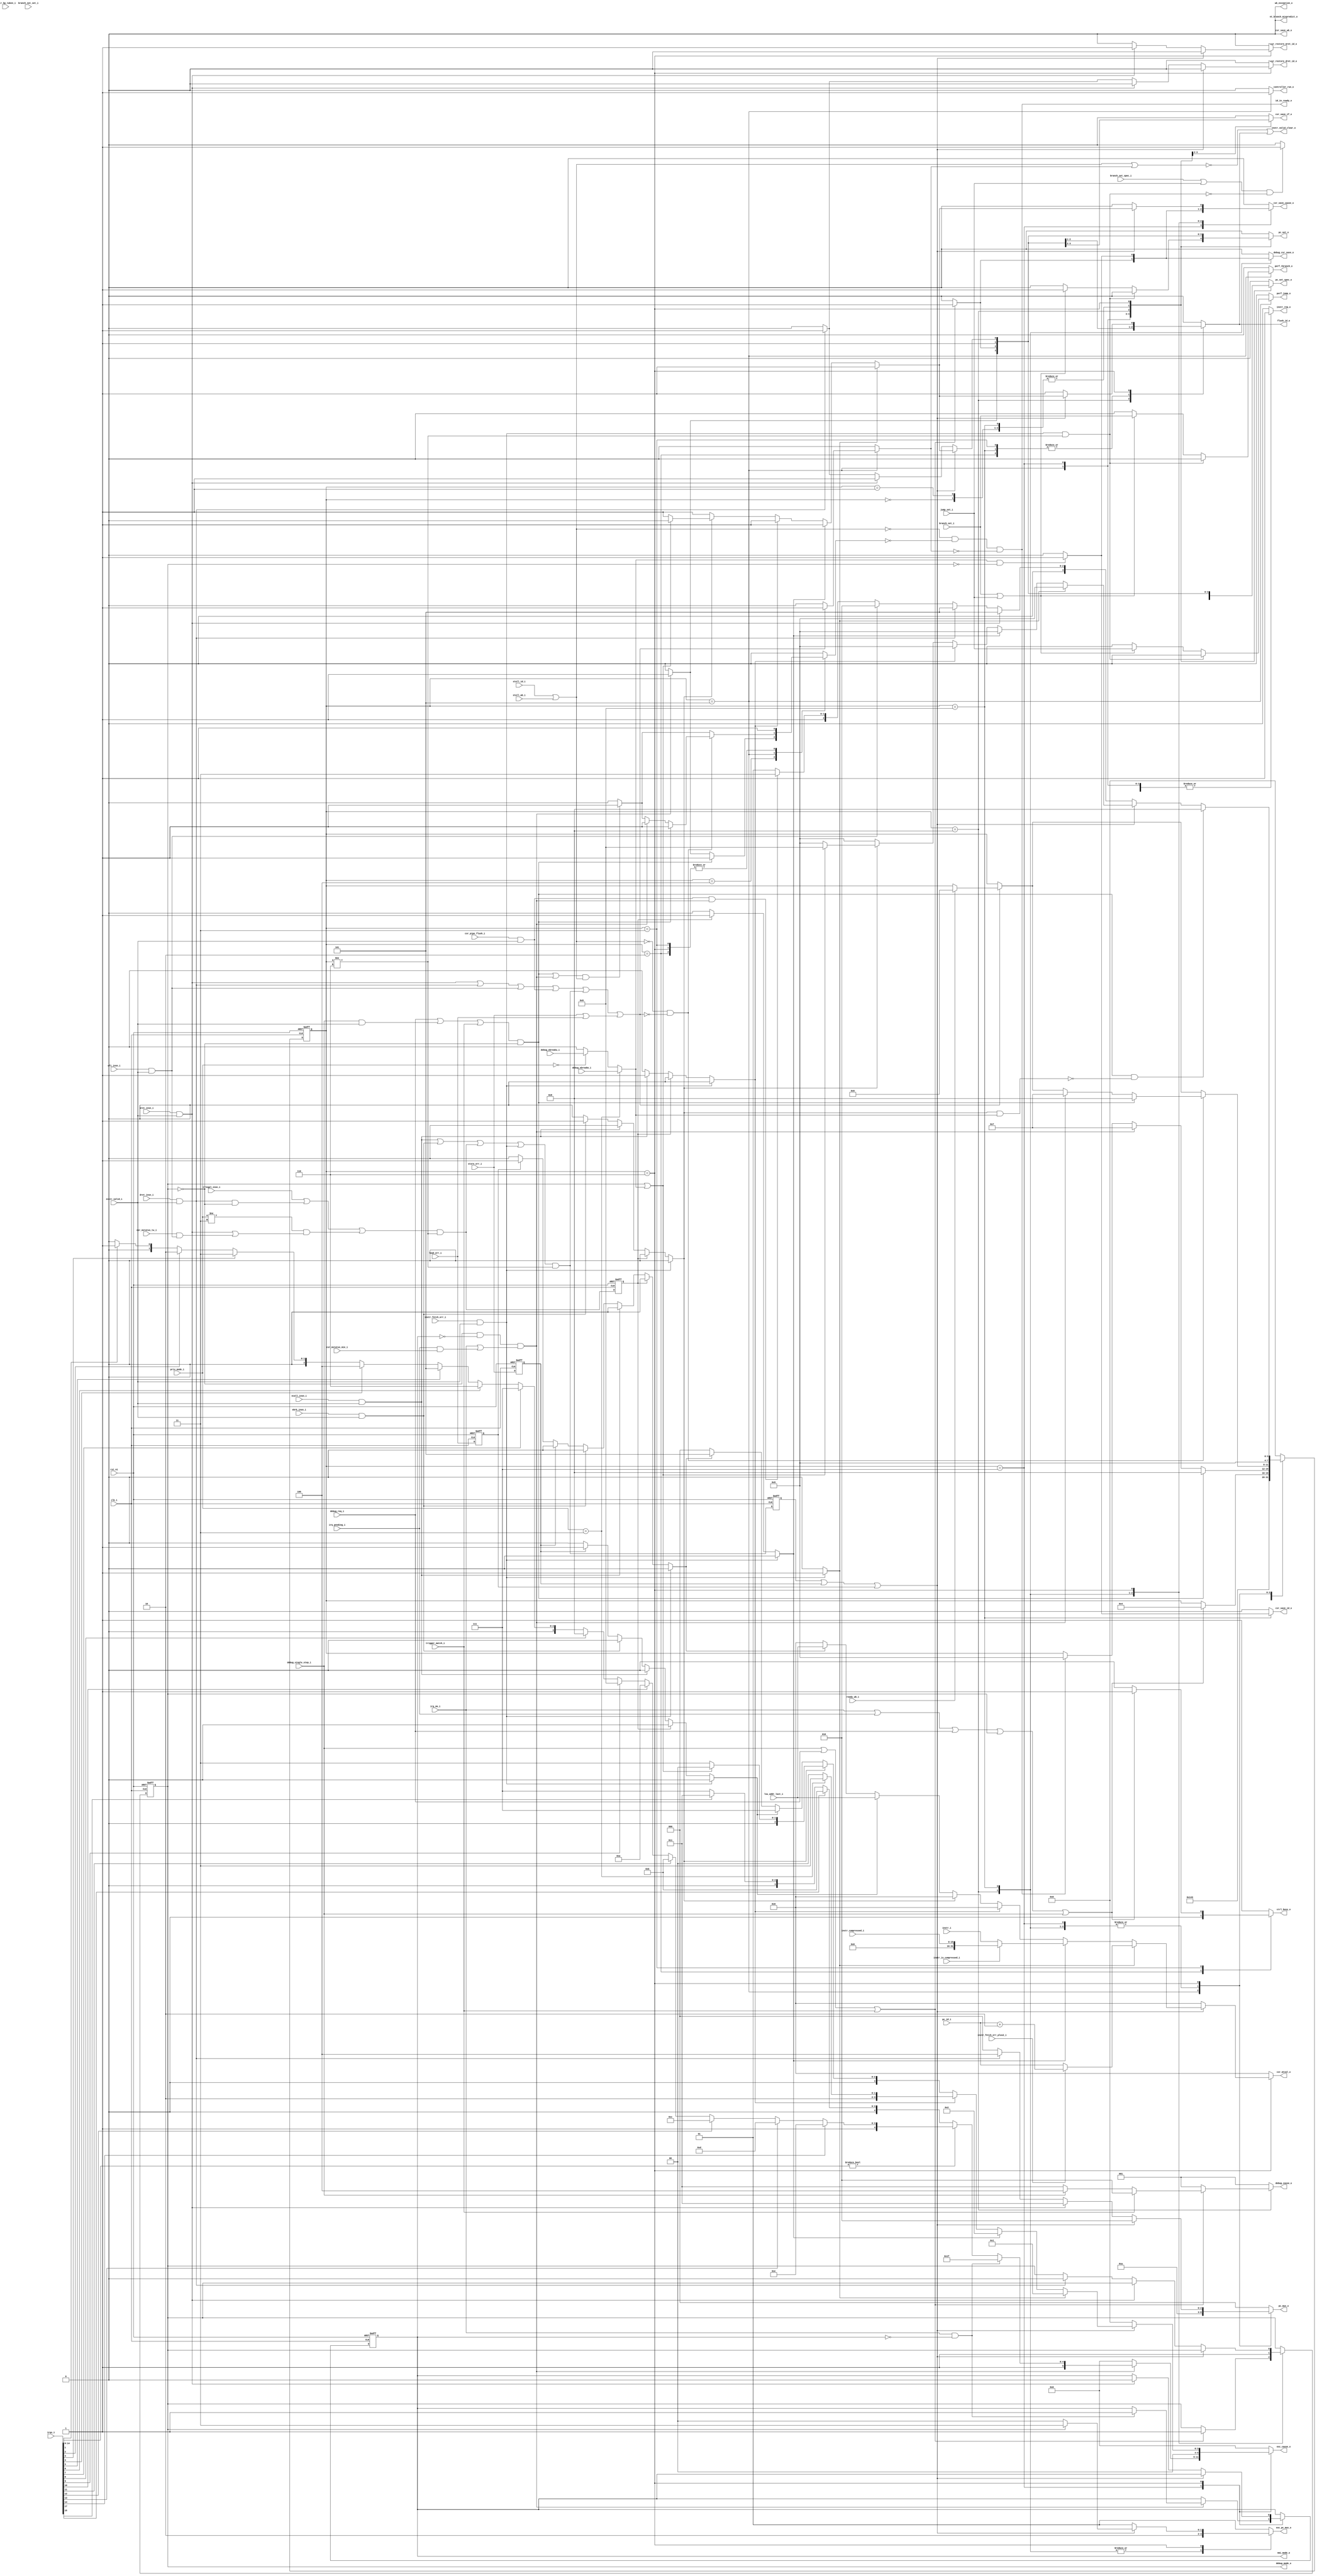
// This program was cloned from: https://github.com/NYU-MLDA/OpenABC
// License: BSD 3-Clause "New" or "Revised" License

module ibex_controller (
	clk_i,
	rst_ni,
	ctrl_busy_o,
	illegal_insn_i,
	ecall_insn_i,
	mret_insn_i,
	dret_insn_i,
	wfi_insn_i,
	ebrk_insn_i,
	csr_pipe_flush_i,
	instr_valid_i,
	instr_i,
	instr_compressed_i,
	instr_is_compressed_i,
	instr_bp_taken_i,
	instr_fetch_err_i,
	instr_fetch_err_plus2_i,
	pc_id_i,
	instr_valid_clear_o,
	id_in_ready_o,
	controller_run_o,
	instr_req_o,
	pc_set_o,
	pc_set_spec_o,
	pc_mux_o,
	nt_branch_mispredict_o,
	exc_pc_mux_o,
	exc_cause_o,
	lsu_addr_last_i,
	load_err_i,
	store_err_i,
	wb_exception_o,
	branch_set_i,
	branch_set_spec_i,
	branch_not_set_i,
	jump_set_i,
	csr_mstatus_mie_i,
	irq_pending_i,
	irqs_i,
	irq_nm_i,
	nmi_mode_o,
	debug_req_i,
	debug_cause_o,
	debug_csr_save_o,
	debug_mode_o,
	debug_single_step_i,
	debug_ebreakm_i,
	debug_ebreaku_i,
	trigger_match_i,
	csr_save_if_o,
	csr_save_id_o,
	csr_save_wb_o,
	csr_restore_mret_id_o,
	csr_restore_dret_id_o,
	csr_save_cause_o,
	csr_mtval_o,
	priv_mode_i,
	csr_mstatus_tw_i,
	stall_id_i,
	stall_wb_i,
	flush_id_o,
	ready_wb_i,
	perf_jump_o,
	perf_tbranch_o
);
	parameter [0:0] WritebackStage = 0;
	parameter [0:0] BranchPredictor = 0;
	input wire clk_i;
	input wire rst_ni;
	output reg ctrl_busy_o;
	input wire illegal_insn_i;
	input wire ecall_insn_i;
	input wire mret_insn_i;
	input wire dret_insn_i;
	input wire wfi_insn_i;
	input wire ebrk_insn_i;
	input wire csr_pipe_flush_i;
	input wire instr_valid_i;
	input wire [31:0] instr_i;
	input wire [15:0] instr_compressed_i;
	input wire instr_is_compressed_i;
	input wire instr_bp_taken_i;
	input wire instr_fetch_err_i;
	input wire instr_fetch_err_plus2_i;
	input wire [31:0] pc_id_i;
	output wire instr_valid_clear_o;
	output wire id_in_ready_o;
	output reg controller_run_o;
	output reg instr_req_o;
	output reg pc_set_o;
	output reg pc_set_spec_o;
	output reg [2:0] pc_mux_o;
	output reg nt_branch_mispredict_o;
	output reg [1:0] exc_pc_mux_o;
	output reg [5:0] exc_cause_o;
	input wire [31:0] lsu_addr_last_i;
	input wire load_err_i;
	input wire store_err_i;
	output wire wb_exception_o;
	input wire branch_set_i;
	input wire branch_set_spec_i;
	input wire branch_not_set_i;
	input wire jump_set_i;
	input wire csr_mstatus_mie_i;
	input wire irq_pending_i;
	input wire [17:0] irqs_i;
	input wire irq_nm_i;
	output wire nmi_mode_o;
	input wire debug_req_i;
	output reg [2:0] debug_cause_o;
	output reg debug_csr_save_o;
	output wire debug_mode_o;
	input wire debug_single_step_i;
	input wire debug_ebreakm_i;
	input wire debug_ebreaku_i;
	input wire trigger_match_i;
	output reg csr_save_if_o;
	output reg csr_save_id_o;
	output reg csr_save_wb_o;
	output reg csr_restore_mret_id_o;
	output reg csr_restore_dret_id_o;
	output reg csr_save_cause_o;
	output reg [31:0] csr_mtval_o;
	input wire [1:0] priv_mode_i;
	input wire csr_mstatus_tw_i;
	input wire stall_id_i;
	input wire stall_wb_i;
	output wire flush_id_o;
	input wire ready_wb_i;
	output reg perf_jump_o;
	output reg perf_tbranch_o;
	reg [3:0] ctrl_fsm_cs;
	reg [3:0] ctrl_fsm_ns;
	reg nmi_mode_q;
	reg nmi_mode_d;
	reg debug_mode_q;
	reg debug_mode_d;
	reg load_err_q;
	wire load_err_d;
	reg store_err_q;
	wire store_err_d;
	reg exc_req_q;
	wire exc_req_d;
	reg illegal_insn_q;
	wire illegal_insn_d;
	reg instr_fetch_err_prio;
	reg illegal_insn_prio;
	reg ecall_insn_prio;
	reg ebrk_insn_prio;
	reg store_err_prio;
	reg load_err_prio;
	wire stall;
	reg halt_if;
	reg retain_id;
	reg flush_id;
	wire illegal_dret;
	wire illegal_umode;
	wire exc_req_lsu;
	wire special_req_all;
	wire special_req_branch;
	wire enter_debug_mode;
	wire ebreak_into_debug;
	wire handle_irq;
	reg [3:0] mfip_id;
	wire unused_irq_timer;
	wire ecall_insn;
	wire mret_insn;
	wire dret_insn;
	wire wfi_insn;
	wire ebrk_insn;
	wire csr_pipe_flush;
	wire instr_fetch_err;
	assign load_err_d = load_err_i;
	assign store_err_d = store_err_i;
	assign ecall_insn = ecall_insn_i & instr_valid_i;
	assign mret_insn = mret_insn_i & instr_valid_i;
	assign dret_insn = dret_insn_i & instr_valid_i;
	assign wfi_insn = wfi_insn_i & instr_valid_i;
	assign ebrk_insn = ebrk_insn_i & instr_valid_i;
	assign csr_pipe_flush = csr_pipe_flush_i & instr_valid_i;
	assign instr_fetch_err = instr_fetch_err_i & instr_valid_i;
	assign illegal_dret = dret_insn & ~debug_mode_q;
	localparam [1:0] ibex_pkg_PRIV_LVL_M = 2'b11;
	assign illegal_umode = (priv_mode_i != ibex_pkg_PRIV_LVL_M) & (mret_insn | (csr_mstatus_tw_i & wfi_insn));
	localparam [3:0] FLUSH = 6;
	assign illegal_insn_d = ((illegal_insn_i | illegal_dret) | illegal_umode) & (ctrl_fsm_cs != FLUSH);
	assign exc_req_d = (((ecall_insn | ebrk_insn) | illegal_insn_d) | instr_fetch_err) & (ctrl_fsm_cs != FLUSH);
	assign exc_req_lsu = store_err_i | load_err_i;
	assign special_req_all = ((((mret_insn | dret_insn) | wfi_insn) | csr_pipe_flush) | exc_req_d) | exc_req_lsu;
	assign special_req_branch = instr_fetch_err & (ctrl_fsm_cs != FLUSH);
	generate
		if (WritebackStage) begin : g_wb_exceptions
			always @(*) begin
				instr_fetch_err_prio = 0;
				illegal_insn_prio = 0;
				ecall_insn_prio = 0;
				ebrk_insn_prio = 0;
				store_err_prio = 0;
				load_err_prio = 0;
				if (store_err_q)
					store_err_prio = 1'b1;
				else if (load_err_q)
					load_err_prio = 1'b1;
				else if (instr_fetch_err)
					instr_fetch_err_prio = 1'b1;
				else if (illegal_insn_q)
					illegal_insn_prio = 1'b1;
				else if (ecall_insn)
					ecall_insn_prio = 1'b1;
				else if (ebrk_insn)
					ebrk_insn_prio = 1'b1;
			end
			assign wb_exception_o = ((load_err_q | store_err_q) | load_err_i) | store_err_i;
		end
		else begin : g_no_wb_exceptions
			always @(*) begin
				instr_fetch_err_prio = 0;
				illegal_insn_prio = 0;
				ecall_insn_prio = 0;
				ebrk_insn_prio = 0;
				store_err_prio = 0;
				load_err_prio = 0;
				if (instr_fetch_err)
					instr_fetch_err_prio = 1'b1;
				else if (illegal_insn_q)
					illegal_insn_prio = 1'b1;
				else if (ecall_insn)
					ecall_insn_prio = 1'b1;
				else if (ebrk_insn)
					ebrk_insn_prio = 1'b1;
				else if (store_err_q)
					store_err_prio = 1'b1;
				else if (load_err_q)
					load_err_prio = 1'b1;
			end
			assign wb_exception_o = 1'b0;
		end
	endgenerate
	assign enter_debug_mode = ((debug_req_i | (debug_single_step_i & instr_valid_i)) | trigger_match_i) & ~debug_mode_q;
	localparam [1:0] ibex_pkg_PRIV_LVL_U = 2'b00;
	assign ebreak_into_debug = (priv_mode_i == ibex_pkg_PRIV_LVL_M ? debug_ebreakm_i : (priv_mode_i == ibex_pkg_PRIV_LVL_U ? debug_ebreaku_i : 1'b0));
	assign handle_irq = (~debug_mode_q & ~nmi_mode_q) & (irq_nm_i | (irq_pending_i & csr_mstatus_mie_i));
	always @(*) begin : gen_mfip_id
		if (irqs_i[14])
			mfip_id = 4'd14;
		else if (irqs_i[13])
			mfip_id = 4'd13;
		else if (irqs_i[12])
			mfip_id = 4'd12;
		else if (irqs_i[11])
			mfip_id = 4'd11;
		else if (irqs_i[10])
			mfip_id = 4'd10;
		else if (irqs_i[9])
			mfip_id = 4'd9;
		else if (irqs_i[8])
			mfip_id = 4'd8;
		else if (irqs_i[7])
			mfip_id = 4'd7;
		else if (irqs_i[6])
			mfip_id = 4'd6;
		else if (irqs_i[5])
			mfip_id = 4'd5;
		else if (irqs_i[4])
			mfip_id = 4'd4;
		else if (irqs_i[3])
			mfip_id = 4'd3;
		else if (irqs_i[2])
			mfip_id = 4'd2;
		else if (irqs_i[1])
			mfip_id = 4'd1;
		else
			mfip_id = 4'd0;
	end
	assign unused_irq_timer = irqs_i[16];
	localparam [3:0] BOOT_SET = 1;
	localparam [3:0] DBG_TAKEN_ID = 9;
	localparam [3:0] DBG_TAKEN_IF = 8;
	localparam [3:0] DECODE = 5;
	localparam [3:0] FIRST_FETCH = 4;
	localparam [3:0] IRQ_TAKEN = 7;
	localparam [3:0] RESET = 0;
	localparam [3:0] SLEEP = 3;
	localparam [3:0] WAIT_SLEEP = 2;
	localparam [2:0] ibex_pkg_DBG_CAUSE_EBREAK = 3'h1;
	localparam [2:0] ibex_pkg_DBG_CAUSE_HALTREQ = 3'h3;
	localparam [2:0] ibex_pkg_DBG_CAUSE_STEP = 3'h4;
	localparam [2:0] ibex_pkg_DBG_CAUSE_TRIGGER = 3'h2;
	localparam [5:0] ibex_pkg_EXC_CAUSE_BREAKPOINT = {1'b0, 5'd3};
	localparam [5:0] ibex_pkg_EXC_CAUSE_ECALL_MMODE = {1'b0, 5'd11};
	localparam [5:0] ibex_pkg_EXC_CAUSE_ECALL_UMODE = {1'b0, 5'd8};
	localparam [5:0] ibex_pkg_EXC_CAUSE_ILLEGAL_INSN = {1'b0, 5'd2};
	localparam [5:0] ibex_pkg_EXC_CAUSE_INSN_ADDR_MISA = {1'b0, 5'd0};
	localparam [5:0] ibex_pkg_EXC_CAUSE_INSTR_ACCESS_FAULT = {1'b0, 5'd1};
	localparam [5:0] ibex_pkg_EXC_CAUSE_IRQ_EXTERNAL_M = {1'b1, 5'd11};
	localparam [5:0] ibex_pkg_EXC_CAUSE_IRQ_NM = {1'b1, 5'd31};
	localparam [5:0] ibex_pkg_EXC_CAUSE_IRQ_SOFTWARE_M = {1'b1, 5'd3};
	localparam [5:0] ibex_pkg_EXC_CAUSE_IRQ_TIMER_M = {1'b1, 5'd7};
	localparam [5:0] ibex_pkg_EXC_CAUSE_LOAD_ACCESS_FAULT = {1'b0, 5'd5};
	localparam [5:0] ibex_pkg_EXC_CAUSE_STORE_ACCESS_FAULT = {1'b0, 5'd7};
	localparam [1:0] ibex_pkg_EXC_PC_DBD = 2;
	localparam [1:0] ibex_pkg_EXC_PC_DBG_EXC = 3;
	localparam [1:0] ibex_pkg_EXC_PC_EXC = 0;
	localparam [1:0] ibex_pkg_EXC_PC_IRQ = 1;
	localparam [2:0] ibex_pkg_PC_BOOT = 0;
	localparam [2:0] ibex_pkg_PC_DRET = 4;
	localparam [2:0] ibex_pkg_PC_ERET = 3;
	localparam [2:0] ibex_pkg_PC_EXC = 2;
	localparam [2:0] ibex_pkg_PC_JUMP = 1;
	function automatic [5:0] sv2v_cast_6;
		input reg [5:0] inp;
		sv2v_cast_6 = inp;
	endfunction
	always @(*) begin
		instr_req_o = 1'b1;
		csr_save_if_o = 1'b0;
		csr_save_id_o = 1'b0;
		csr_save_wb_o = 1'b0;
		csr_restore_mret_id_o = 1'b0;
		csr_restore_dret_id_o = 1'b0;
		csr_save_cause_o = 1'b0;
		csr_mtval_o = {32 {1'sb0}};
		pc_mux_o = ibex_pkg_PC_BOOT;
		pc_set_o = 1'b0;
		pc_set_spec_o = 1'b0;
		nt_branch_mispredict_o = 1'b0;
		exc_pc_mux_o = ibex_pkg_EXC_PC_IRQ;
		exc_cause_o = ibex_pkg_EXC_CAUSE_INSN_ADDR_MISA;
		ctrl_fsm_ns = ctrl_fsm_cs;
		ctrl_busy_o = 1'b1;
		halt_if = 1'b0;
		retain_id = 1'b0;
		flush_id = 1'b0;
		debug_csr_save_o = 1'b0;
		debug_cause_o = ibex_pkg_DBG_CAUSE_EBREAK;
		debug_mode_d = debug_mode_q;
		nmi_mode_d = nmi_mode_q;
		perf_tbranch_o = 1'b0;
		perf_jump_o = 1'b0;
		controller_run_o = 1'b0;
		case (ctrl_fsm_cs)
			RESET: begin
				instr_req_o = 1'b0;
				pc_mux_o = ibex_pkg_PC_BOOT;
				pc_set_o = 1'b1;
				pc_set_spec_o = 1'b1;
				ctrl_fsm_ns = BOOT_SET;
			end
			BOOT_SET: begin
				instr_req_o = 1'b1;
				pc_mux_o = ibex_pkg_PC_BOOT;
				pc_set_o = 1'b1;
				pc_set_spec_o = 1'b1;
				ctrl_fsm_ns = FIRST_FETCH;
			end
			WAIT_SLEEP: begin
				ctrl_busy_o = 1'b0;
				instr_req_o = 1'b0;
				halt_if = 1'b1;
				flush_id = 1'b1;
				ctrl_fsm_ns = SLEEP;
			end
			SLEEP: begin
				instr_req_o = 1'b0;
				halt_if = 1'b1;
				flush_id = 1'b1;
				if ((((irq_nm_i || irq_pending_i) || debug_req_i) || debug_mode_q) || debug_single_step_i)
					ctrl_fsm_ns = FIRST_FETCH;
				else
					ctrl_busy_o = 1'b0;
			end
			FIRST_FETCH: begin
				if (id_in_ready_o)
					ctrl_fsm_ns = DECODE;
				if (handle_irq) begin
					ctrl_fsm_ns = IRQ_TAKEN;
					halt_if = 1'b1;
				end
				if (enter_debug_mode) begin
					ctrl_fsm_ns = DBG_TAKEN_IF;
					halt_if = 1'b1;
				end
			end
			DECODE: begin
				controller_run_o = 1'b1;
				pc_mux_o = ibex_pkg_PC_JUMP;
				if (special_req_all) begin
					retain_id = 1'b1;
					if (ready_wb_i | wb_exception_o)
						ctrl_fsm_ns = FLUSH;
				end
				if (!special_req_branch) begin
					if (branch_set_i || jump_set_i) begin
						pc_set_o = (BranchPredictor ? ~instr_bp_taken_i : 1'b1);
						perf_tbranch_o = branch_set_i;
						perf_jump_o = jump_set_i;
					end
					if (BranchPredictor)
						if (instr_bp_taken_i & branch_not_set_i)
							nt_branch_mispredict_o = 1'b1;
				end
				if ((branch_set_spec_i || jump_set_i) && !special_req_branch)
					pc_set_spec_o = (BranchPredictor ? ~instr_bp_taken_i : 1'b1);
				if ((enter_debug_mode || handle_irq) && stall)
					halt_if = 1'b1;
				if (!stall && !special_req_all)
					if (enter_debug_mode) begin
						ctrl_fsm_ns = DBG_TAKEN_IF;
						halt_if = 1'b1;
					end
					else if (handle_irq) begin
						ctrl_fsm_ns = IRQ_TAKEN;
						halt_if = 1'b1;
					end
			end
			IRQ_TAKEN: begin
				pc_mux_o = ibex_pkg_PC_EXC;
				exc_pc_mux_o = ibex_pkg_EXC_PC_IRQ;
				if (handle_irq) begin
					pc_set_o = 1'b1;
					pc_set_spec_o = 1'b1;
					csr_save_if_o = 1'b1;
					csr_save_cause_o = 1'b1;
					if (irq_nm_i && !nmi_mode_q) begin
						exc_cause_o = ibex_pkg_EXC_CAUSE_IRQ_NM;
						nmi_mode_d = 1'b1;
					end
					else if (irqs_i[14-:15] != 15'b000000000000000)
						exc_cause_o = sv2v_cast_6({2'b11, mfip_id});
					else if (irqs_i[15])
						exc_cause_o = ibex_pkg_EXC_CAUSE_IRQ_EXTERNAL_M;
					else if (irqs_i[17])
						exc_cause_o = ibex_pkg_EXC_CAUSE_IRQ_SOFTWARE_M;
					else
						exc_cause_o = ibex_pkg_EXC_CAUSE_IRQ_TIMER_M;
				end
				ctrl_fsm_ns = DECODE;
			end
			DBG_TAKEN_IF: begin
				pc_mux_o = ibex_pkg_PC_EXC;
				exc_pc_mux_o = ibex_pkg_EXC_PC_DBD;
				if ((debug_single_step_i || debug_req_i) || trigger_match_i) begin
					flush_id = 1'b1;
					pc_set_o = 1'b1;
					pc_set_spec_o = 1'b1;
					csr_save_if_o = 1'b1;
					debug_csr_save_o = 1'b1;
					csr_save_cause_o = 1'b1;
					if (trigger_match_i)
						debug_cause_o = ibex_pkg_DBG_CAUSE_TRIGGER;
					else if (debug_single_step_i)
						debug_cause_o = ibex_pkg_DBG_CAUSE_STEP;
					else
						debug_cause_o = ibex_pkg_DBG_CAUSE_HALTREQ;
					debug_mode_d = 1'b1;
				end
				ctrl_fsm_ns = DECODE;
			end
			DBG_TAKEN_ID: begin
				flush_id = 1'b1;
				pc_mux_o = ibex_pkg_PC_EXC;
				pc_set_o = 1'b1;
				pc_set_spec_o = 1'b1;
				exc_pc_mux_o = ibex_pkg_EXC_PC_DBD;
				if (ebreak_into_debug && !debug_mode_q) begin
					csr_save_cause_o = 1'b1;
					csr_save_id_o = 1'b1;
					debug_csr_save_o = 1'b1;
					debug_cause_o = ibex_pkg_DBG_CAUSE_EBREAK;
				end
				debug_mode_d = 1'b1;
				ctrl_fsm_ns = DECODE;
			end
			FLUSH: begin
				halt_if = 1'b1;
				flush_id = 1'b1;
				ctrl_fsm_ns = DECODE;
				if ((exc_req_q || store_err_q) || load_err_q) begin
					pc_set_o = 1'b1;
					pc_set_spec_o = 1'b1;
					pc_mux_o = ibex_pkg_PC_EXC;
					exc_pc_mux_o = (debug_mode_q ? ibex_pkg_EXC_PC_DBG_EXC : ibex_pkg_EXC_PC_EXC);
					if (WritebackStage) begin : g_writeback_mepc_save
						csr_save_id_o = ~(store_err_q | load_err_q);
						csr_save_wb_o = store_err_q | load_err_q;
					end
					else begin : g_no_writeback_mepc_save
						csr_save_id_o = 1'b0;
					end
					csr_save_cause_o = 1'b1;
					case (1'b1)
						instr_fetch_err_prio: begin
							exc_cause_o = ibex_pkg_EXC_CAUSE_INSTR_ACCESS_FAULT;
							csr_mtval_o = (instr_fetch_err_plus2_i ? pc_id_i + 32'd2 : pc_id_i);
						end
						illegal_insn_prio: begin
							exc_cause_o = ibex_pkg_EXC_CAUSE_ILLEGAL_INSN;
							csr_mtval_o = (instr_is_compressed_i ? {16'b0000000000000000, instr_compressed_i} : instr_i);
						end
						ecall_insn_prio: exc_cause_o = (priv_mode_i == ibex_pkg_PRIV_LVL_M ? ibex_pkg_EXC_CAUSE_ECALL_MMODE : ibex_pkg_EXC_CAUSE_ECALL_UMODE);
						ebrk_insn_prio:
							if (debug_mode_q | ebreak_into_debug) begin
								pc_set_o = 1'b0;
								pc_set_spec_o = 1'b0;
								csr_save_id_o = 1'b0;
								csr_save_cause_o = 1'b0;
								ctrl_fsm_ns = DBG_TAKEN_ID;
								flush_id = 1'b0;
							end
							else
								exc_cause_o = ibex_pkg_EXC_CAUSE_BREAKPOINT;
						store_err_prio: begin
							exc_cause_o = ibex_pkg_EXC_CAUSE_STORE_ACCESS_FAULT;
							csr_mtval_o = lsu_addr_last_i;
						end
						load_err_prio: begin
							exc_cause_o = ibex_pkg_EXC_CAUSE_LOAD_ACCESS_FAULT;
							csr_mtval_o = lsu_addr_last_i;
						end
						default:
							;
					endcase
				end
				else if (mret_insn) begin
					pc_mux_o = ibex_pkg_PC_ERET;
					pc_set_o = 1'b1;
					pc_set_spec_o = 1'b1;
					csr_restore_mret_id_o = 1'b1;
					if (nmi_mode_q)
						nmi_mode_d = 1'b0;
				end
				else if (dret_insn) begin
					pc_mux_o = ibex_pkg_PC_DRET;
					pc_set_o = 1'b1;
					pc_set_spec_o = 1'b1;
					debug_mode_d = 1'b0;
					csr_restore_dret_id_o = 1'b1;
				end
				else if (wfi_insn)
					ctrl_fsm_ns = WAIT_SLEEP;
				else if (csr_pipe_flush && handle_irq)
					ctrl_fsm_ns = IRQ_TAKEN;
				if (enter_debug_mode && !(ebrk_insn_prio && ebreak_into_debug))
					ctrl_fsm_ns = DBG_TAKEN_IF;
			end
			default: begin
				instr_req_o = 1'b0;
				ctrl_fsm_ns = RESET;
			end
		endcase
	end
	assign flush_id_o = flush_id;
	assign debug_mode_o = debug_mode_q;
	assign nmi_mode_o = nmi_mode_q;
	assign stall = stall_id_i | stall_wb_i;
	assign id_in_ready_o = (~stall & ~halt_if) & ~retain_id;
	assign instr_valid_clear_o = ~(stall | retain_id) | flush_id;
	always @(posedge clk_i or negedge rst_ni) begin : update_regs
		if (!rst_ni) begin
			ctrl_fsm_cs <= RESET;
			nmi_mode_q <= 1'b0;
			debug_mode_q <= 1'b0;
			load_err_q <= 1'b0;
			store_err_q <= 1'b0;
			exc_req_q <= 1'b0;
			illegal_insn_q <= 1'b0;
		end
		else begin
			ctrl_fsm_cs <= ctrl_fsm_ns;
			nmi_mode_q <= nmi_mode_d;
			debug_mode_q <= debug_mode_d;
			load_err_q <= load_err_d;
			store_err_q <= store_err_d;
			exc_req_q <= exc_req_d;
			illegal_insn_q <= illegal_insn_d;
		end
	end
endmodule